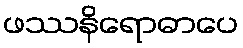
ဖဿနိရောဓာပေ